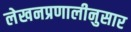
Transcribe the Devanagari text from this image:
लेखनप्रणालीनुसार